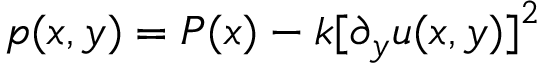
p ( x , y ) = P ( x ) - k { [ \partial _ { y } u ( x , y ) ] } ^ { 2 }